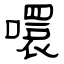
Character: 噮